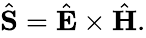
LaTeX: \begin{array}{r}{\hat{\mathbf S}=\hat{\mathbf E}\times\hat{\mathbf H}.}\end{array}